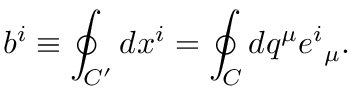
b ^ { i } \equiv \oint _ { C ^ { \prime } } d x ^ { i } = \oint _ { C } d q ^ { \mu } e ^ { i } { } _ { \mu } .